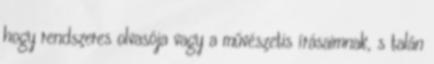
hogy rendszeres olvasója vagy a művészetis írásaimnak, s talán